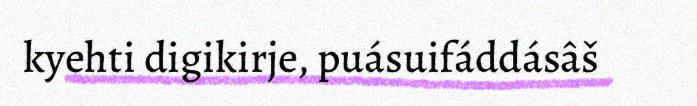
kyehti digikirje, puásuifáddásâš